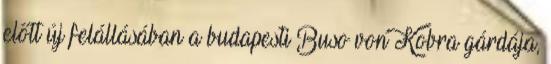
előtt új felállásában a budapesti Buso von Kobra gárdája,